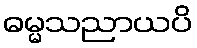
ဓမ္မသညာယပိ